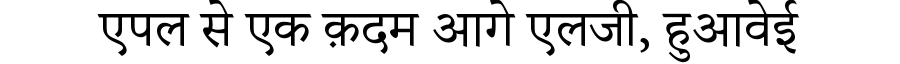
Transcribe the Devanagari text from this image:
एपल से एक क़दम आगे एलजी, हुआवेई